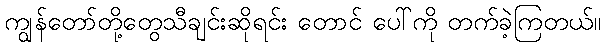
ကျွန်တော်တို့တွေသီချင်းဆိုရင်း တောင် ပေါ်ကို တက်ခဲ့ကြတယ်။